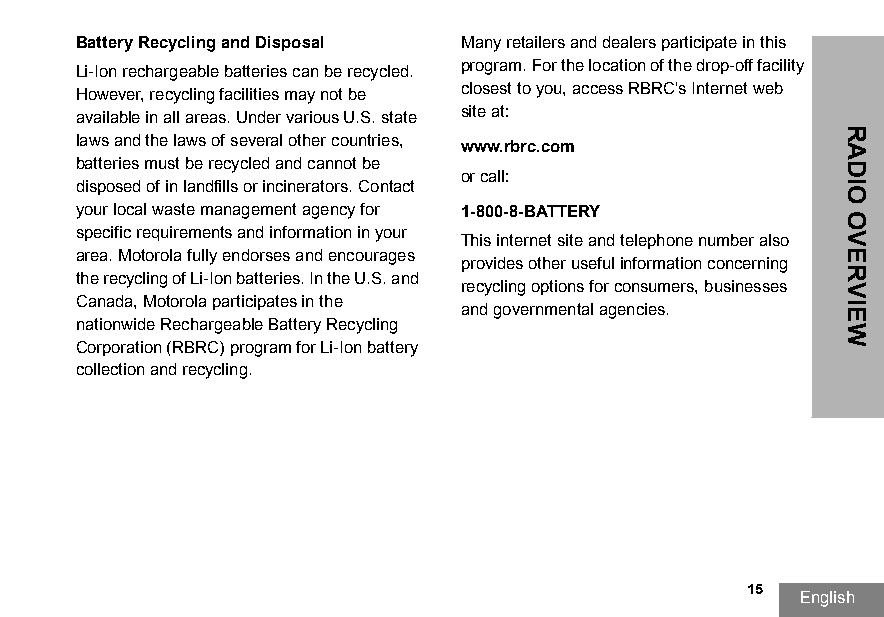
Battery Recycling and Disposal Many retailers and dealers participate in this
 program. For the location of the drop-off facility
 Li-Ion rechargeable batteries can be recycled.
 closest to you, access RBRC's Internet web
 However, recycling facilities may not be
 site at:
 available in all areas. Under various U.S. state
 laws and the laws of several other countries, www.rbrc.com
 batteries must be recycled and cannot be
 or call:
 disposed of in landfills or incinerators. Contact
 your local waste management agency for 1-800-8-BATTERY
 specific requirements and information in your
 This internet site and telephone number also
 area. Motorola fully endorses and encourages
 provides other useful information concerning
 the recycling of Li-Ion batteries. In the U.S. and
 recycling options for consumers, businesses
 Canada, Motorola participates in the
 and governmental agencies.
 nationwide Rechargeable Battery Recycling
 Corporation (RBRC) program for Li-Ion battery
 collection and recycling.
 15
 English
 RADIO
 OVERVIEW